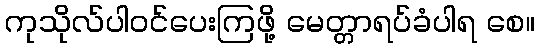
ကုသိုလ်ပါဝင်ပေးကြဖို့ မေတ္တာရပ်ခံပါရ စေ။